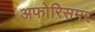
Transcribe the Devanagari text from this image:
अफोरिसमर